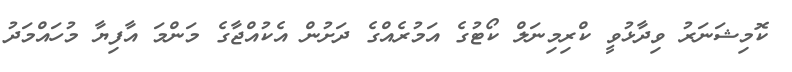
ކޮމިޝަނަރު ވިދާޅުވީ ކްރިމިނަލް ކޯޓުގެ އަމުރެއްގެ ދަށުން އެކުއްޖާގެ މަންމަ އާފިޔާ މުހައްމަދު